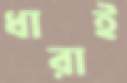
ধারাই